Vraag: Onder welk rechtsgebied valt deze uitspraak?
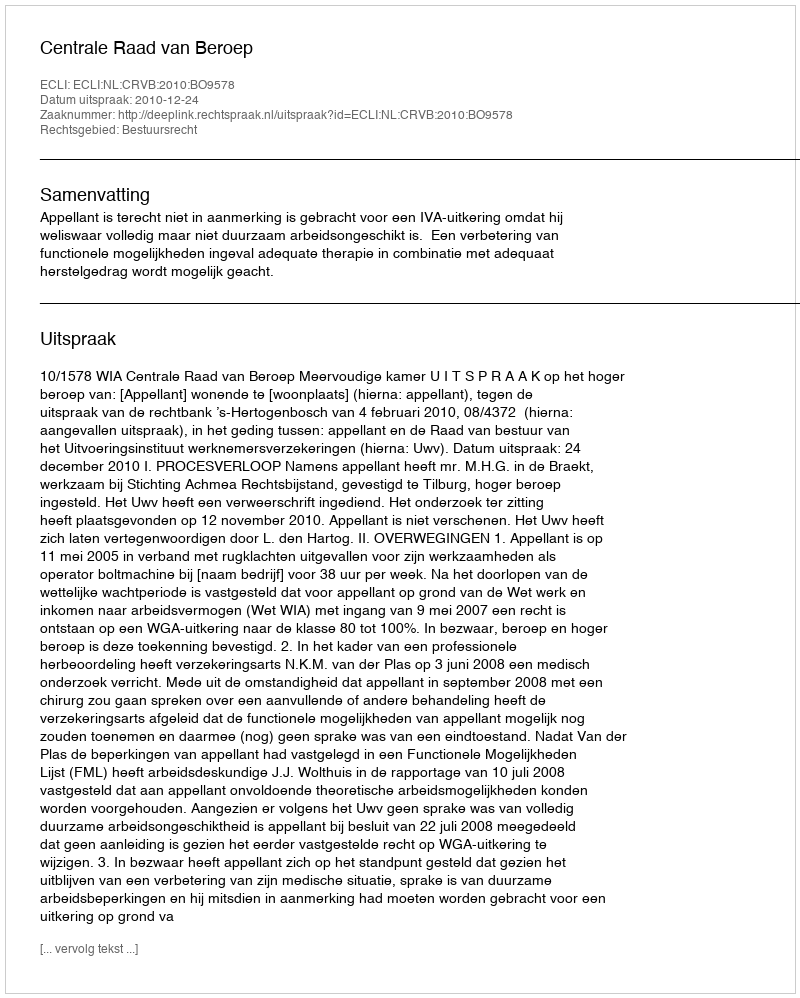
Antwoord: Bestuursrecht